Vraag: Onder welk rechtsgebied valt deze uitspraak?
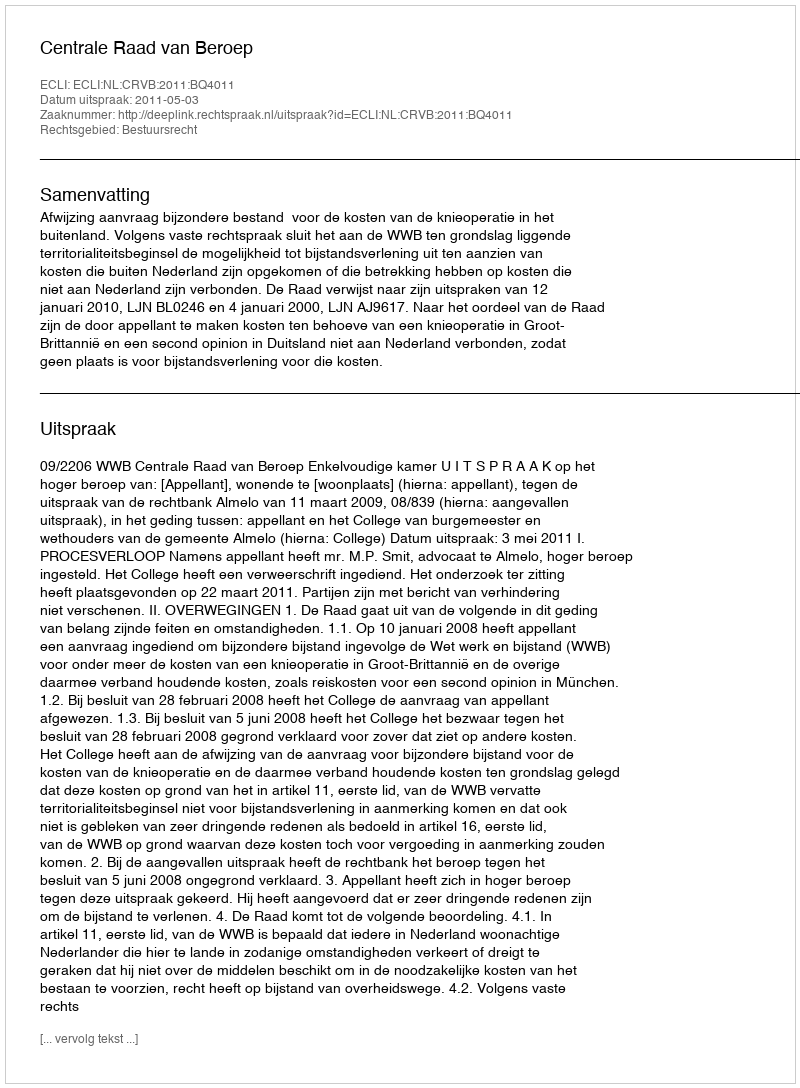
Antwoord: Bestuursrecht